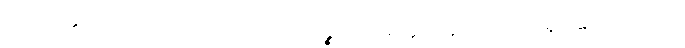
ရှိပါပေ၏။ ဝါယောပိ၊ သည်လည်း။ (ကိဉ္စာပိ) အတ္ထိ။ ပန၊ ထိုသို့ပင်ရှိပါသော်လည်း။